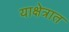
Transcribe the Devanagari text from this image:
याक्षेत्रात